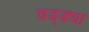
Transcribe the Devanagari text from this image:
चड्ड़्या